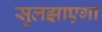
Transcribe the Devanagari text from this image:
सुलझाएगा